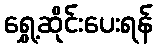
ရွှေ့ဆိုင်းပေးရန်